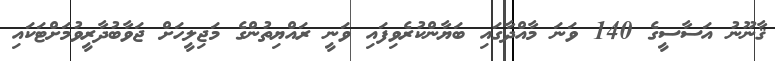
ޤާނޫނު އަސާސީގެ 140 ވަނަ މާއްދާގައި ބަޔާންކުރެވިފައި ވަނީ ރައްޔިތުންގެ މަޖިލީހަށް ޖަވާބުދާރީވުމަށްޓަކައި